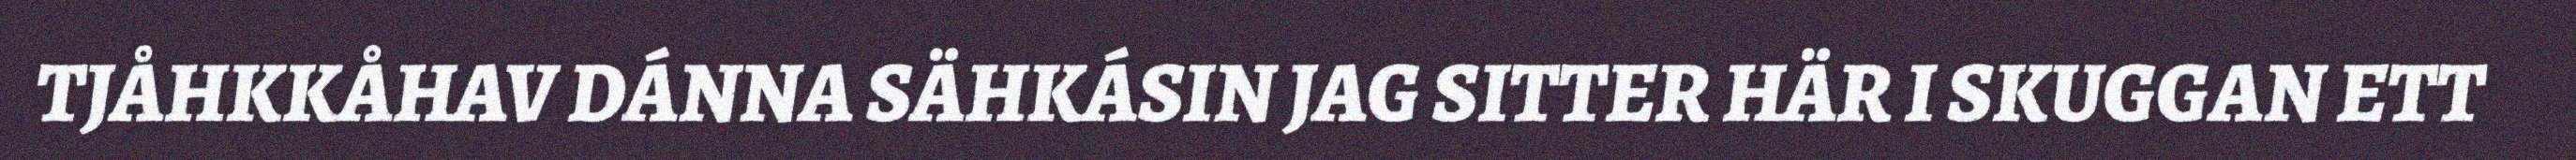
TJÅHKKÅHAV DÁNNA SÄHKÁSIN JAG SITTER HÄR I SKUGGAN ETT